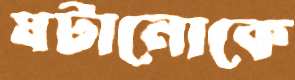
ঘটানোকে